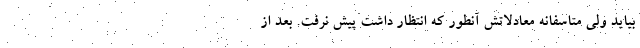
بیاید ولی متاسفانه معادلاتش آنطور که انتظار داشت پیش نرفت. بعد از